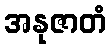
အနုဇာတံ